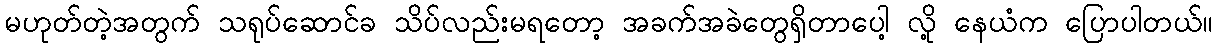
မဟုတ်တဲ့အတွက် သရုပ်ဆောင်ခ သိပ်လည်းမရတော့ အခက်အခဲတွေရှိတာပေါ့ လို့ နေယံက ပြောပါတယ်။